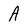
Character: A